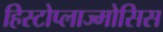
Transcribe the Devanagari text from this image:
हिस्टोप्लाज्मोसिस